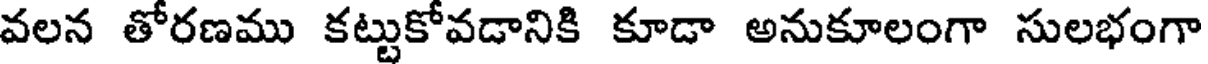
వలన తోరణము కట్టుకోవడానికి కూడా అనుకూలంగా సులభంగా